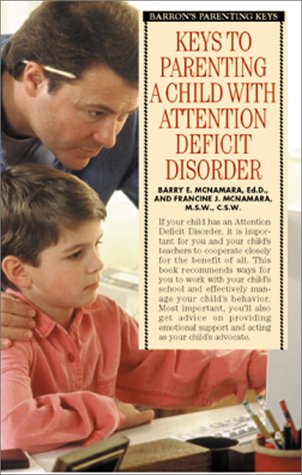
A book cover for Keys to Parenting a Child with Attention Deficit Disorder (Barron's Parenting Keys); Barry E. McNamara Ed.D.; Parenting & Relationships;